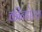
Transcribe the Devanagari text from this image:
कीन्होल्ज़